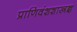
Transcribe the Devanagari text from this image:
प्राणिवंशशास्त्रज्ञ